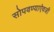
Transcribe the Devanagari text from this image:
सोपवण्याऐवजी